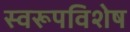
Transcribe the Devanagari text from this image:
स्वरूपविशेष